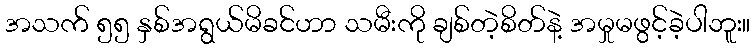
အသက် ၅၅ နှစ်အရွယ်မိခင်ဟာ သမီးကို ချစ်တဲ့စိတ်နဲ့ အမှုမဖွင့်ခဲ့ပါဘူး။